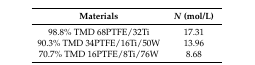
| Materials | N (mol/L) |
 | --- | --- |
 | 98.8% TMD 68PTFE/32Ti | 17.31 |
 | 90.3% TMD 34PTFE/16Ti/50W | 13.96 |
 | 70.7% TMD 16PTFE/8Ti/76W | 8.68 |